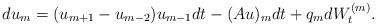
LaTeX: \begin{align*} d u_m = (u_{m+1}-u_{m-2})u_{m-1} dt - (Au)_m dt + q_m dW_t^{(m)}. \end{align*}